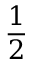
\frac { 1 } { 2 }